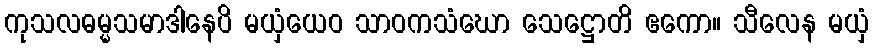
ကုသလဓမ္မသမာဒါနေပိ မယှံယေဝ သာဝကသံဃော သေဋ္ဌောတိ ဧကော။ သီလေန မယှံ